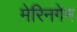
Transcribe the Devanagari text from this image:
मेरिनगेन